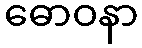
ဓောဝနာ